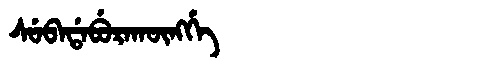
Manchu: ᠰᡠᠪᠠᡩᠠᠪᡠᡵᠠᡴᡡᠩᡤᡝ
Romanization: SUBADABURAKŪNGGE